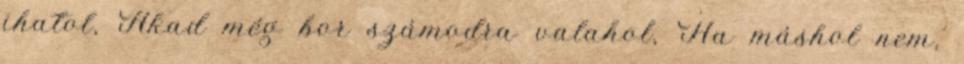
ihatol, Akad még bor számodra valahol, Ha máshol nem,